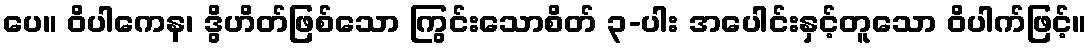
ပေ။ ဝိပါကေန၊ ဒွိဟိတ်ဖြစ်သော ကြွင်းသောစိတ် ၃-ပါး အပေါင်းနှင့်တူသော ဝိပါက်ဖြင့်။